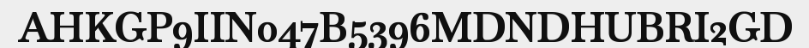
AHKGP9IIN047B5396MDNDHUBRI2GD